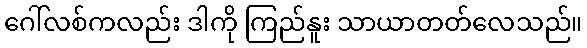
ဂေါ်လစ်ကလည်း ဒါကို ကြည်နူး သာယာတတ်လေသည်။